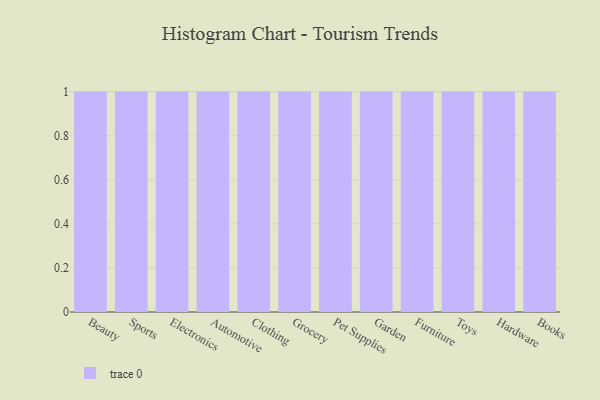
{"axis": {"x": "Category", "y": "Conversion Rate (%)"}, "legend": [""], "data": [{"x": "Beauty", "y": 64, "type": ""}, {"x": "Sports", "y": 76, "type": ""}, {"x": "Electronics", "y": 84, "type": ""}, {"x": "Automotive", "y": 67, "type": ""}, {"x": "Clothing", "y": 87, "type": ""}, {"x": "Grocery", "y": 33, "type": ""}, {"x": "Pet Supplies", "y": 14, "type": ""}, {"x": "Garden", "y": 1, "type": ""}, {"x": "Furniture", "y": 70, "type": ""}, {"x": "Toys", "y": 43, "type": ""}, {"x": "Hardware", "y": 53, "type": ""}, {"x": "Books", "y": 61, "type": ""}]}